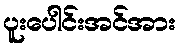
ပူးပေါင်းအင်အား